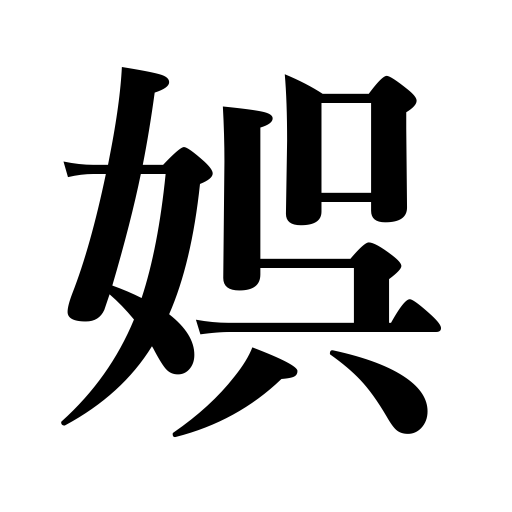
Meanings: pleasure